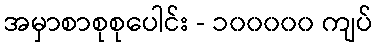
အမှာစာစုစုပေါင်း - ၁၀၀၀၀၀ ကျပ်